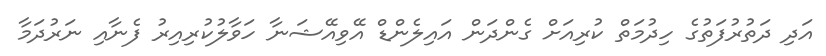
އަދި ދަތުރުފަތުގެ ހިދުމަތް ކުރިއަށް ގެންދަން އައިލެންޑް އޭވިއޭޝަނާ ހަވާލުކުރިއިރު ފެނާއި ނަރުދަމާ